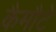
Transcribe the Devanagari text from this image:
कैमौटे